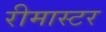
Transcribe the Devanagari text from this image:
रीमास्टर